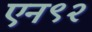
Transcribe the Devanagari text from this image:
एन९२